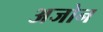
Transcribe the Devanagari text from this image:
अजोन